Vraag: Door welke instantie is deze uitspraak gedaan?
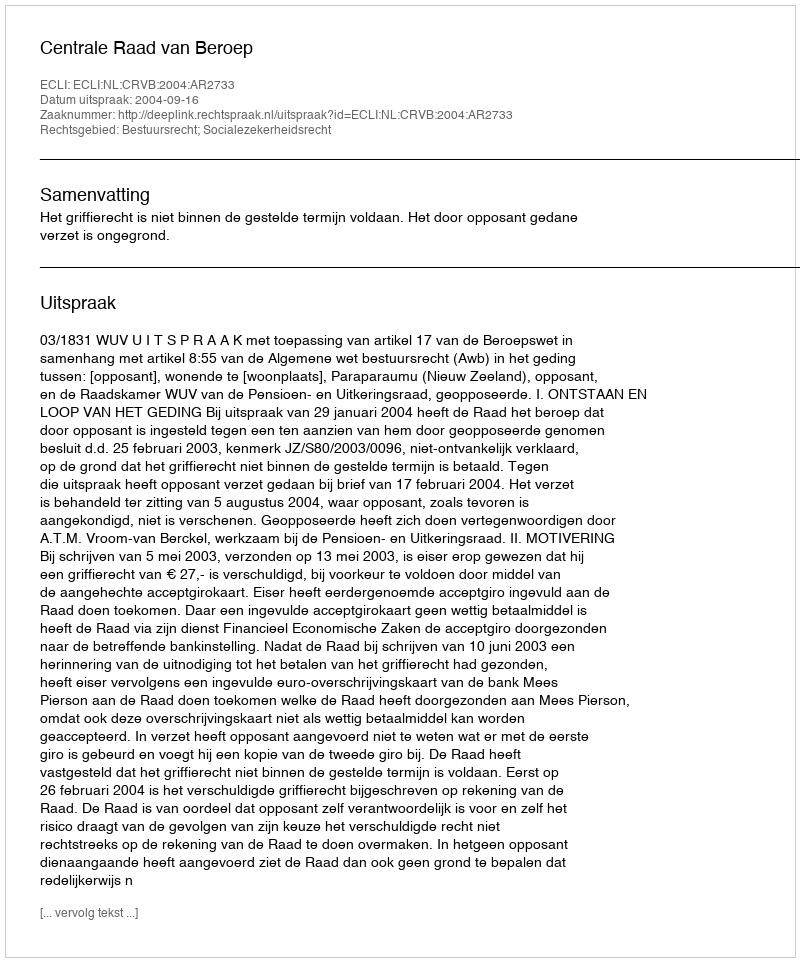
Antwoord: Centrale Raad van Beroep